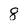
Character: 8